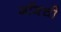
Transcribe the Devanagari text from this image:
बाँबची